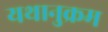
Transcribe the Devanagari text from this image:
यथानुक्रम